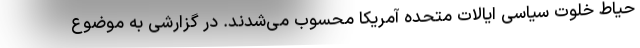
حیاط خلوت سیاسی ایالات متحده آمریکا محسوب می‌شدند. در گزارشی به موضوع